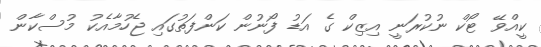
ކީއްވޭ ޓޯކް ނުކުރަނީ އިޒިކް ގެ އަޑު ފޯނުން ކަންފަތުގައި ޖެހުމާއެކު މުސްކާން